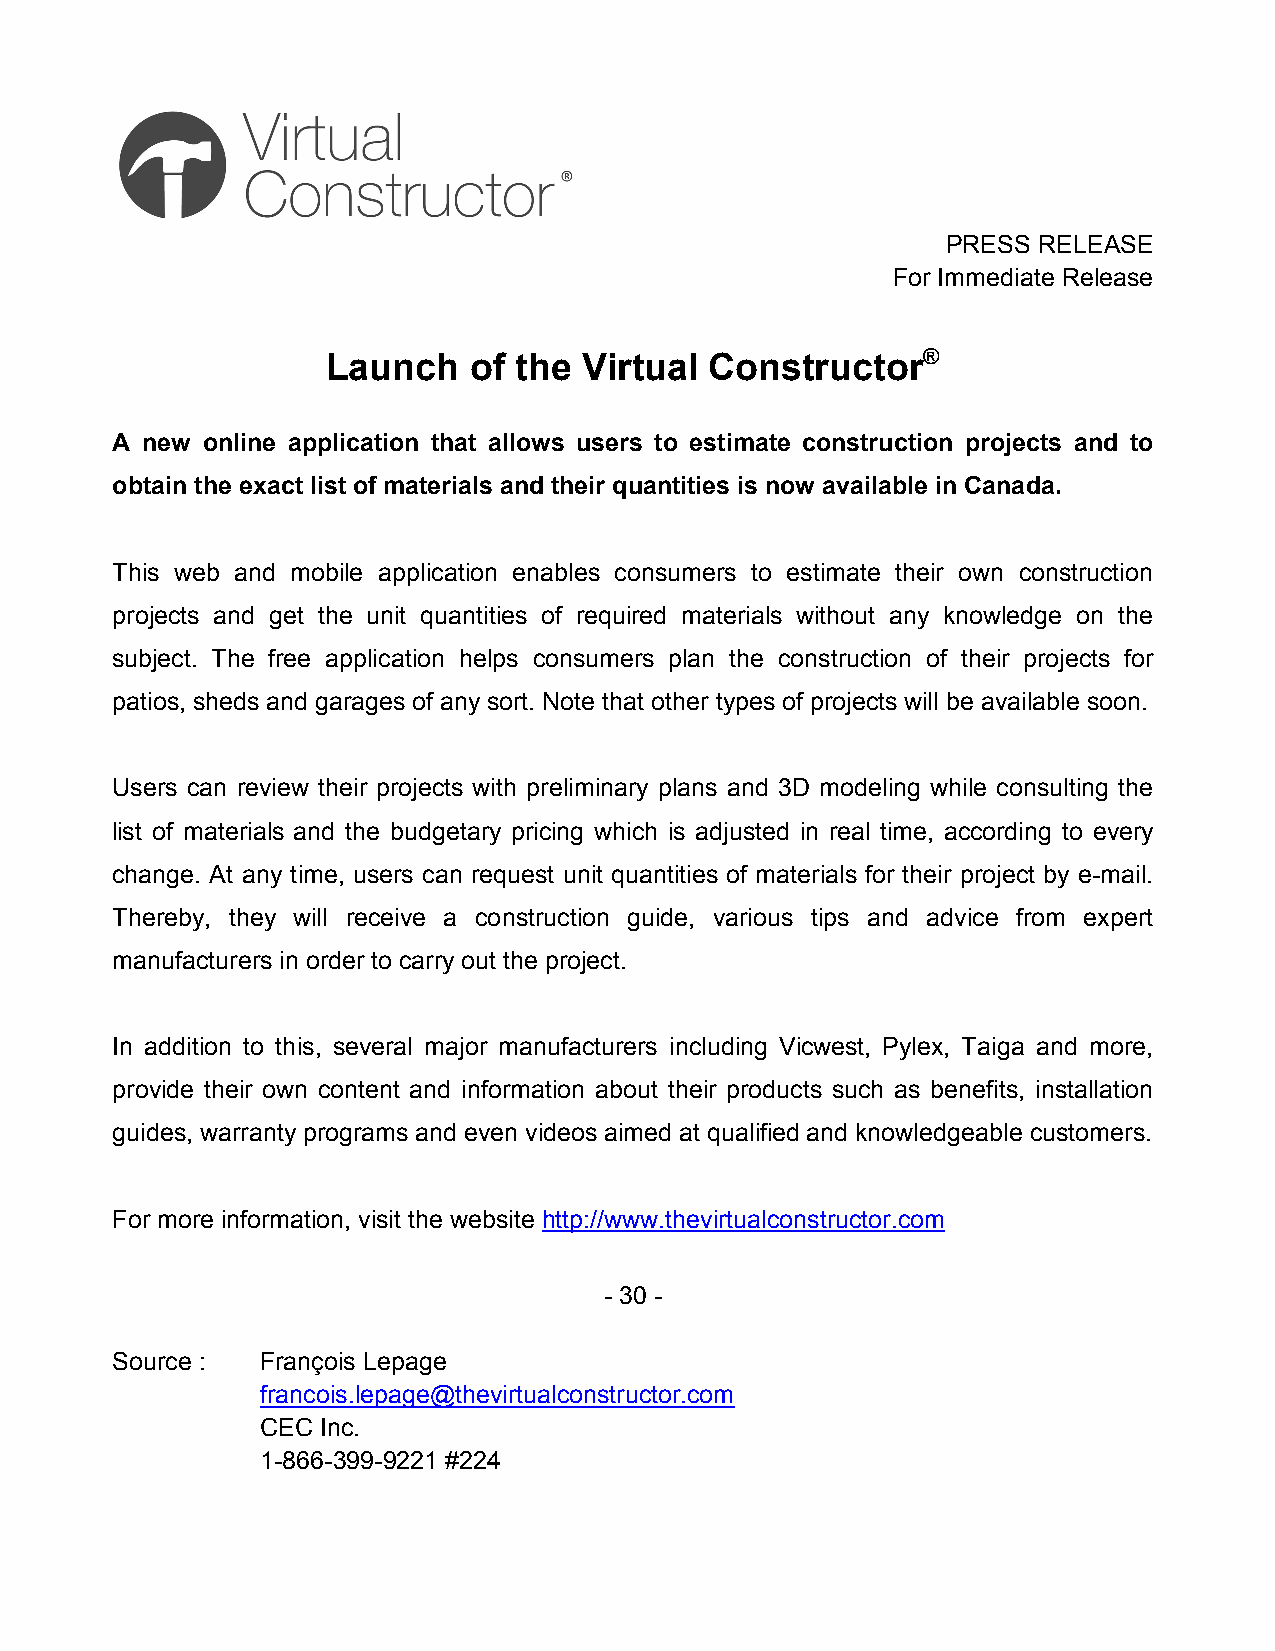
PRESS RELEASE
 For Immediate Release
 Launch   of the  Virtual Constructor®
 A new online application that allows users to estimate construction projects and to
 obtain the exact list of materials and their quantities is now available in Canada.
 This web and mobile application enables consumers to estimate their own construction
 projects and get the unit quantities of required materials without any knowledge on the
 subject. The free application helps consumers plan the construction of their projects for
 patios, sheds and garages of any sort. Note that other types of projects will be available soon.
 Users can review their projects with preliminary plans and 3D modeling while consulting the
 list of materials and the budgetary pricing which is adjusted in real time, according to every
 change. At any time, users can request unit quantities of materials for their project by e-mail.
 Thereby, they will receive a construction guide, various tips and advice from expert
 manufacturers in order to carry out the project.
 In addition to this, several major manufacturers including Vicwest, Pylex, Taiga and more,
 provide their own content and information about their products such as benefits, installation
 guides, warranty programs and even videos aimed at qualified and knowledgeable customers.
 For more information, visit the website http://www.thevirtualconstructor.com
 - 30 -
 Source :  François Lepage
 francois.lepage@thevirtualconstructor.com
 CEC Inc.
 1-866-399-9221 #224